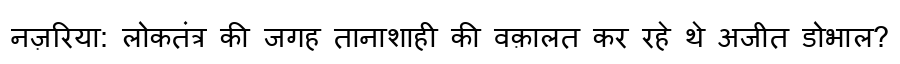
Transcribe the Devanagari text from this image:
नज़रिया: लोकतंत्र की जगह तानाशाही की वक़ालत कर रहे थे अजीत डोभाल?